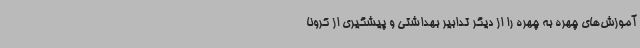
آموزش‌های چهره به چهره را از دیگر تدابیر بهداشتی و پیشگیری از کرونا